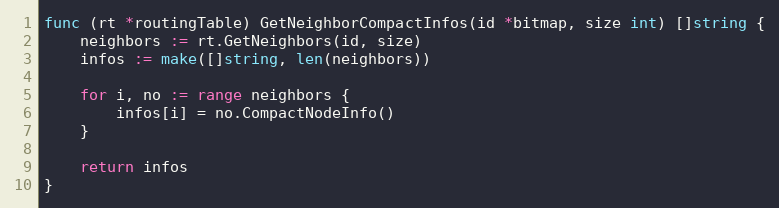
Language: Go
func (rt *routingTable) GetNeighborCompactInfos(id *bitmap, size int) []string {
	neighbors := rt.GetNeighbors(id, size)
	infos := make([]string, len(neighbors))

	for i, no := range neighbors {
		infos[i] = no.CompactNodeInfo()
	}

	return infos
}